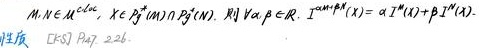
$M,N\in\mathcal{N}^{<\omega}, X\in\mathcal{P}_f^+(M)\cap\mathcal{P}_f^+(N). \text{则}\forall\alpha,\beta\in\mathbb{R},\ \alpha X^{M}+\beta X^{N}=(\alpha + \beta)X^{M\cup N}.$
性质 [EKPS] Pag. 226.